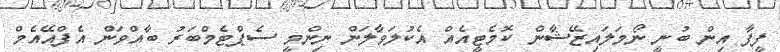
ފީފާ އިން ބުނީ ނޯމަލައިޒޭޝާން ކޮމެޓީއެއް އެކުލަވާލަން ނިންމީ ސެޕްޓެމްބަރު ބާއްވަން އެފްއޭއެމް